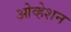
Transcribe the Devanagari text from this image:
ओव्हेशन